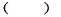
( )